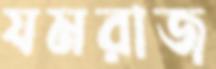
যমরাজ